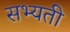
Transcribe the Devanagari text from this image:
सभ्यती